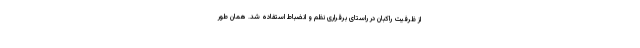
از ظرفیت راکبان در راستای برقراری نظم و انضباط استفاده شد. همان طور